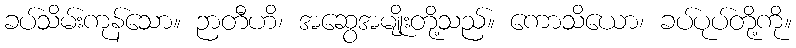
ခပ်သိမ်းကုန်သော။ ဉာတီဟိ၊ အဆွေအမျိုးတို့သည်။ ကောသိယော၊ ခပ်ပုပ်တို့ကို။